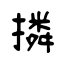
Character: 撛